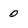
Character: 0